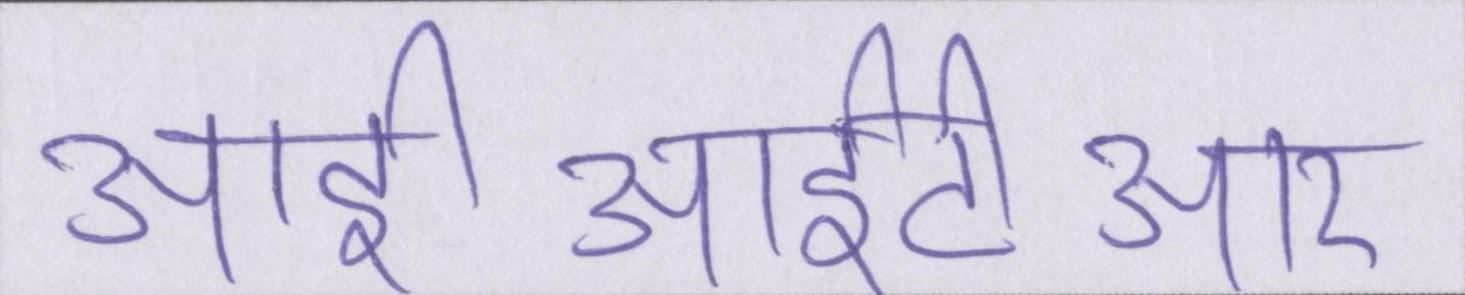
आईआईटीआर